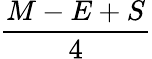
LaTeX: \frac{M-E+S}{4}